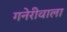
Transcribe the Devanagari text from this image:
गनेरीवाला